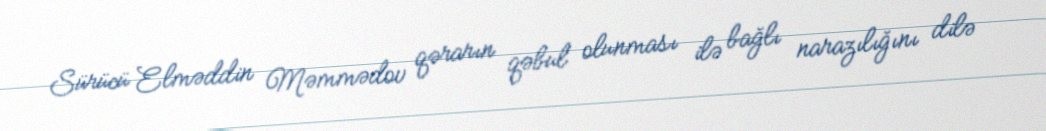
Sürücü Elməddin Məmmədov qərarın qəbul olunması ilə bağlı narazılığını dilə